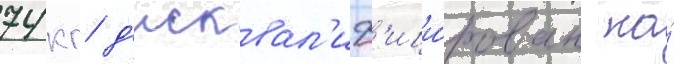
74 кг д'исквал'иф'ици́рован на́